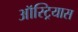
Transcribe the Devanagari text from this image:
ऑस्ट्रियास